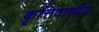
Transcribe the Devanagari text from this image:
कृत्तिवासीय